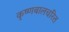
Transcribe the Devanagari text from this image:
कृष्णबालचरित